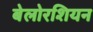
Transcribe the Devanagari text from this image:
बेलोरशियन